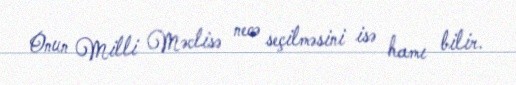
Onun Milli Məclisə necə seçilməsini isə hamı bilir.